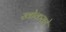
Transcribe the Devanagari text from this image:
खोकराडे